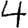
Digit: 4